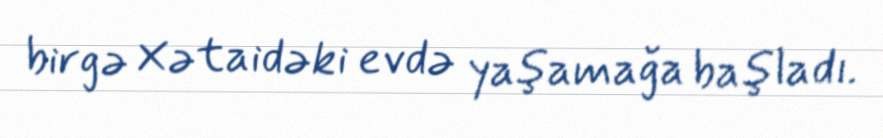
birgə Xətaidəki evdə yaşamağa başladı.